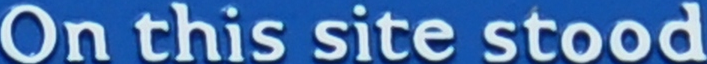
On this site stood